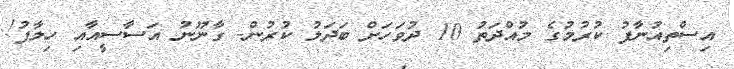
އިސްތިއުނާފު ކުރުމުގެ މުއްދަތު 10 ދުވަހަށް ބަދަލު ކުރުން- ގާނޫނު އަސާސީއާއި ހިލާފު!